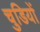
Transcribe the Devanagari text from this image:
चुडियों